Scientific memoirs by medical officers of the Army of India - Part XII,
Year: 1901
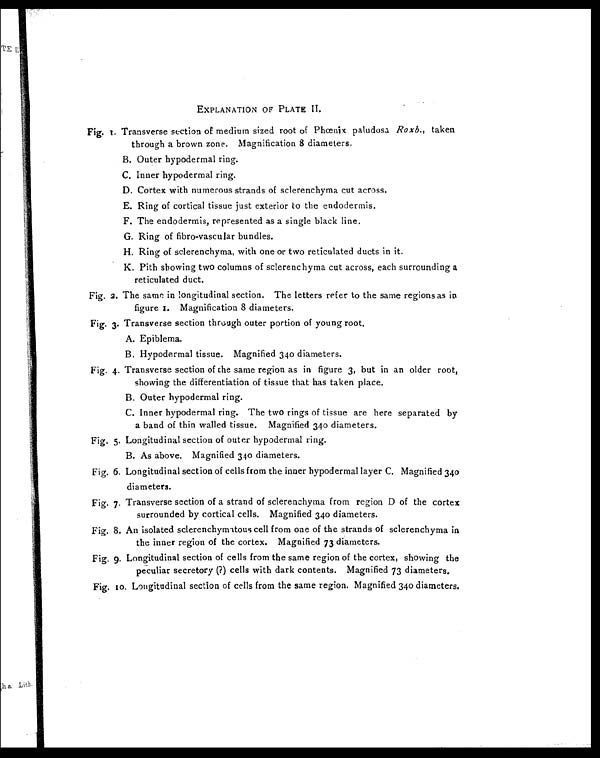
EXPLANATION OF PLATE II.
Fig. I. Transverse section of medium sized root of Phœnix paludosa Roxb., taken
through a brown zone. Magnification 8 diameters.
B. Outer hypodermal ring.
C. Inner hypodermal ring.
D. Cortex with numerous strands of sclerenchyma cut across.
E. Ring of cortical tissue just exterior to the endodermis.
F. The endodermis, represented as a single black line.
G. Ring of fibro-vascular bundles.
H. Ring of sclerenchyma, with one or two reticulated ducts in it.
K. Pith showing two columns of sclerenchyma cut across, each surrounding a
reticulated duct.
Fig. 2 . The same in longitudinal section. The letters refer to the same regions as in
figure I. Magnification 8 diameters.
Fig. 3. Transverse section through outer portion of young root.
A. Epiblema.
B. Hypodermal tissue. Magnified 340 diameters.
Fig. 4. Transverse section of the same region as in figure 3, but in an older root,
showing the differentiation of tissue that has taken place.
B. Outer hypodermal ring.
C. Inner hypodermal ring. The two rings of tissue are here separated by
a band of thin walled tissue. Magnified 34o diameters.
Fig. 5. Longitudinal section of outer hypodermal ring.
B. As above. Magnified 340 diameters.
Fig. 6. Longitudinal section of cells from the inner hypodermal layer C. Magnified 340
diameters.
Fig. 7. Transverse section of a strand of sclerenchyma from region D of the cortex
surrounded by cortical cells. Magnified 340 diameters.
Fig. 8. An isolated sclerenchymatous cell from one of the strands of sclerenchyma in
the inner region of the cortex. Magnified 73 diameters.
Fig. 9. Longitudinal section of cells from the same region of the cortex, showing the
peculiar secretory (?) cells with dark contents. Magnified 73 diameters.
Fig. 10. Longitudinal section of cells from the same region. Magnified 340 diameters.